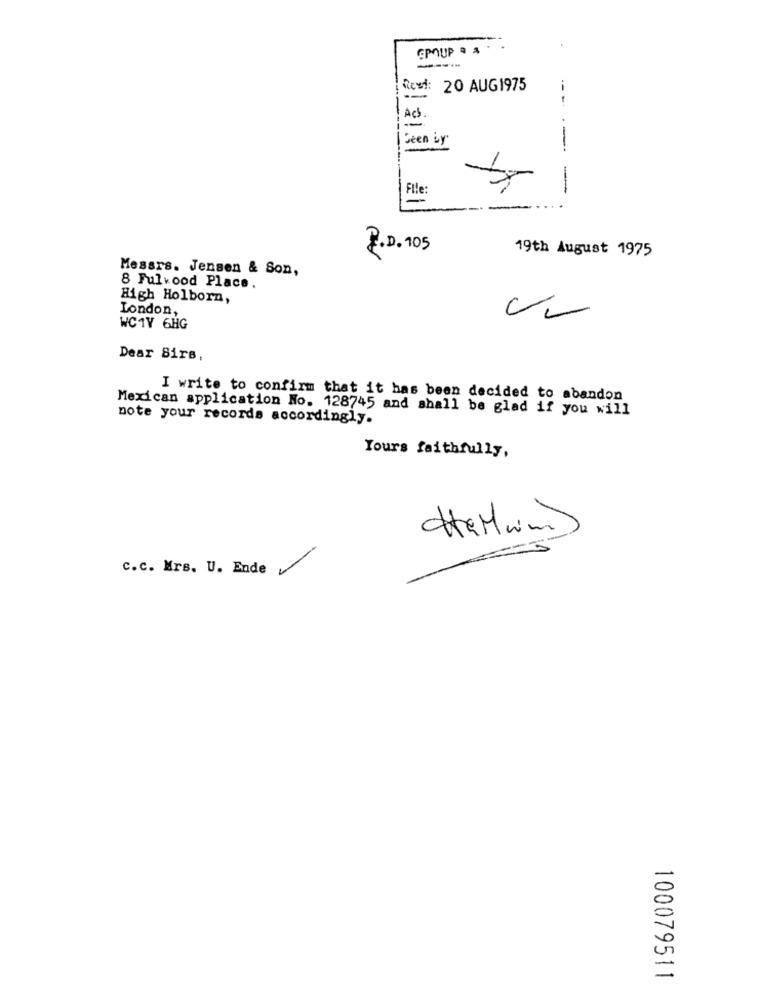
GROUP . A .
-----
Rest: 20 AUG1975
-- --
Add.
Seen by
-
---
File:
-
P.D. 105
19th August 1975
Messrs. Jensen & Son,
8 Fulvood Place,
High Holborn,
London,
WC1V 6HG
Dear Birs,
I write to confirm that it has been decided to abandon
Mexican application No. 128745 and shall be glad if you will
note your records accordingly.
Yours faithfully,
c.c. Mrs. U. Ende
100079511